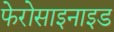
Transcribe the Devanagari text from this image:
फेरोसाइनाइड